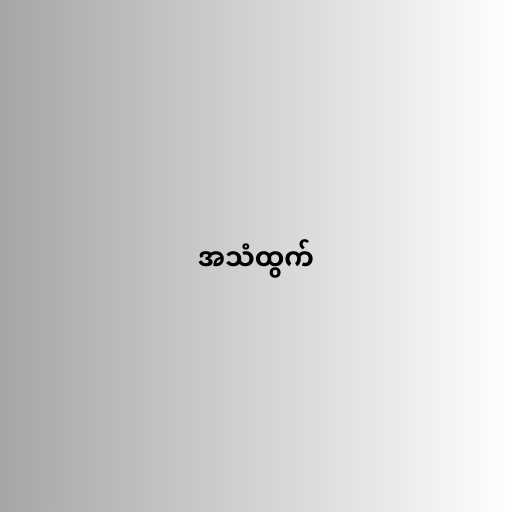
အသံထွက်